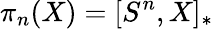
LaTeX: \pi_{n}(X)=[S^{n},X]_{*}